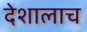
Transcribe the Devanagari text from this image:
देशालाच